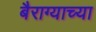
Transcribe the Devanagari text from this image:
बैराग्याच्या